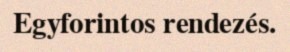
Egyforintos rendezés.